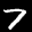
Label: 7